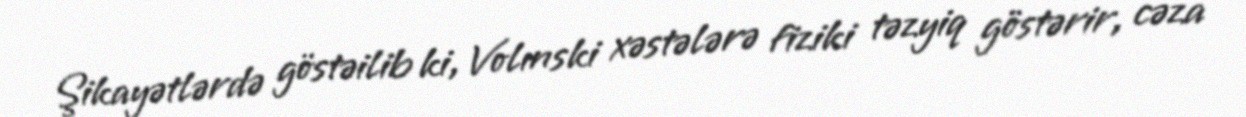
Şikayətlərdə göstəilib ki, Volınski xəstələrə fiziki təzyiq göstərir, cəza